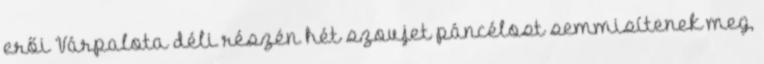
erői Várpalota déli részén hét szovjet páncélost semmisítenek meg,